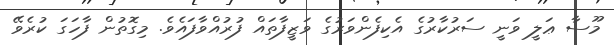
މޫސާ ޢަލީ ވަނީ ސަރުކާރުގެ އެކިފެންވަރުގެ ވަޒީފާތައް ފުރުއްވާފައެވެ. މިގޮތުން ފާހަގަ ކުރެވޭ